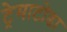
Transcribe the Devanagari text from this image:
ट्रेमाटोडा